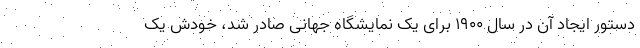
دستور ایجاد آن در سال ۱۹۰۰ برای یک نمایشگاه جهانی صادر شد، خودش یک